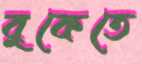
বুকেতে